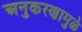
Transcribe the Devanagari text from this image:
अनुकरणामुळे